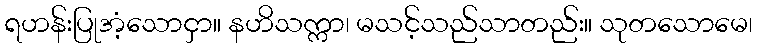
ရဟန်းပြုအံ့သောငှာ။ နဟိသက္ကာ၊ မသင့်သည်သာတည်း။ သုတသောမေ၊